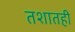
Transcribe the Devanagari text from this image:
तशातही